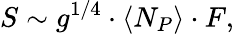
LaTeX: S\sim g^{1/4}\cdot\langle N_{P}\rangle\cdot F,